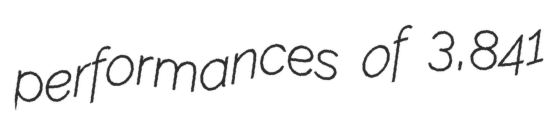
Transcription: performances of 3,841